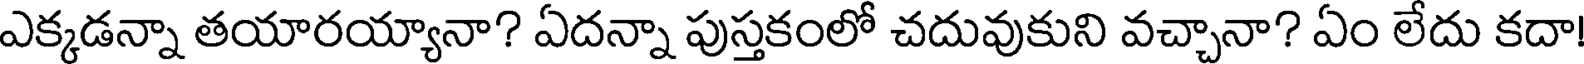
ఎక్కడన్నా తయారయ్యానా? ఏదన్నా పుస్తకంలో చదువుకుని వచ్చానా? ఏం లేదు కదా